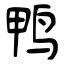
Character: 鸭